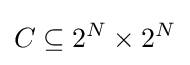
C\subseteq 2^{N}\times 2^{N}